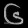
Digit: ၆